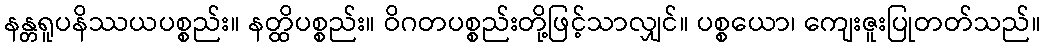
နန္တရူပနိဿယပစ္စည်း။ နတ္ထိပစ္စည်း။ ဝိဂတပစ္စည်းတို့ဖြင့်သာလျှင်။ ပစ္စယော၊ ကျေးဇူးပြုတတ်သည်။